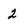
Character: 2